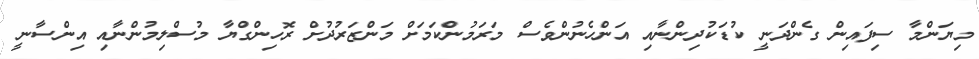
މިޔަންމާ ސިފައިން ގެންދަނީ ކުޑަކުދިންނާއި އަންހެނުންވެސް މަރަމުންކަމަށް މަންޒަރުދުށް ރޮހިންގްޔާ މުސްލިމުންނާއި އިންސާނީ